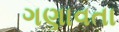
ગણાવતા